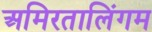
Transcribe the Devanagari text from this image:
अमिरतालिंगम